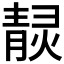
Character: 𤎓